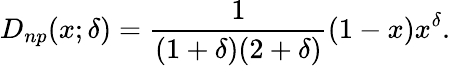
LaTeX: D_{np}(x;\delta)={\frac{1}{(1+\delta)(2+\delta)}}(1-x)x^{\delta}.